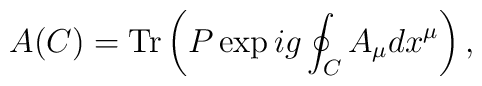
A(C)= {\rm Tr} \left( P \exp ig \oint_C A_\mu dx^\mu \right),